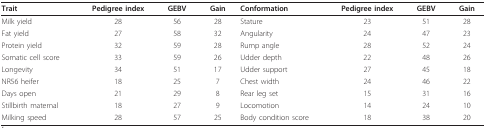
<table><thead><tr><td><b>Trait</b></td><td><b>Pedigree index</b></td><td><b>GEBV</b></td><td><b>Gain</b></td><td><b>Conformation</b></td><td><b>Pedigree index</b></td><td><b>GEBV</b></td><td><b>Gain</b></td></tr></thead><tbody><tr><td>Milk yield</td><td>28</td><td>56</td><td>28</td><td>Stature</td><td>23</td><td>51</td><td>28</td></tr><tr><td>Fat yield</td><td>27</td><td>58</td><td>32</td><td>Angularity</td><td>24</td><td>47</td><td>23</td></tr><tr><td>Protein yield</td><td>32</td><td>59</td><td>28</td><td>Rump angle</td><td>28</td><td>52</td><td>24</td></tr><tr><td>Somatic cell score</td><td>33</td><td>59</td><td>26</td><td>Udder depth</td><td>22</td><td>48</td><td>26</td></tr><tr><td>Longevity</td><td>34</td><td>51</td><td>17</td><td>Udder support</td><td>27</td><td>45</td><td>18</td></tr><tr><td>NR56 heifer</td><td>18</td><td>25</td><td>7</td><td>Chest width</td><td>24</td><td>46</td><td>22</td></tr><tr><td>Days open</td><td>21</td><td>29</td><td>8</td><td>Rear leg set</td><td>15</td><td>31</td><td>16</td></tr><tr><td>Stillbirth maternal</td><td>18</td><td>27</td><td>9</td><td>Locomotion</td><td>14</td><td>24</td><td>10</td></tr><tr><td>Milking speed</td><td>28</td><td>57</td><td>25</td><td>Body condition score</td><td>18</td><td>38</td><td>20</td></tr></tbody></table>